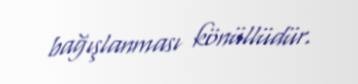
bağışlanması könüllüdür.